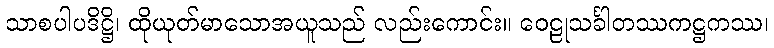
သာစပါပဒိဋ္ဌိ၊ ထိုယုတ်မာသောအယူသည် လည်းကောင်း။ ဝေဠုသင်္ခါတဿကဋ္ဌကဿ၊